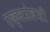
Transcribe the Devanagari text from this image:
एक्सप्रेसशी